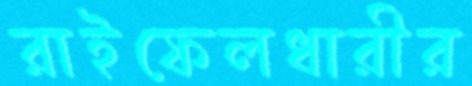
রাইফেলধারীর